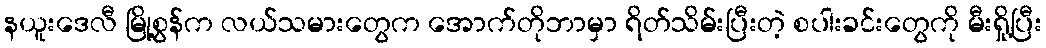
နယူးဒေလီ မြို့စွန်က လယ်သမားတွေက အောက်တိုဘာမှာ ရိတ်သိမ်းပြီးတဲ့ စပါးခင်းတွေကို မီးရှို့ပြီး